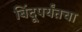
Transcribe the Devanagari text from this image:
बिंदूपर्यंतचा